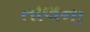
તાલના